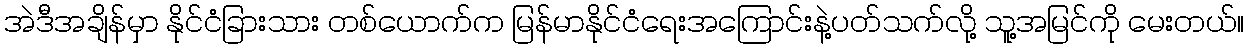
အဲဒီအချိန်မှာ နိုင်ငံခြားသား တစ်ယောက်က မြန်မာနိုင်ငံရေးအကြောင်းနဲ့ပတ်သက်လို့ သူ့အမြင်ကို မေးတယ်။